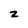
Character: z